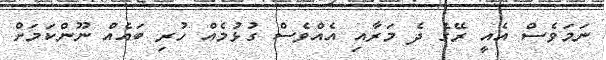
ނަމަވެސް އެއީ ރޭގެ ދެ މަރާއި އެއްވެސް ގުޅުމެއް ހުރި ބައެއް ނޫންކަމަށް